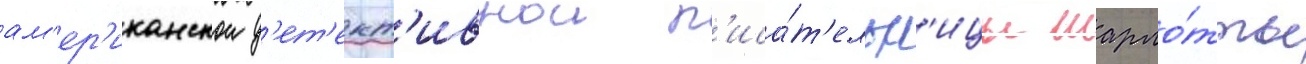
ам'ер'иканскои д'ет'ект'ивнои п'иса́т'ельн'ицы шарло́тты